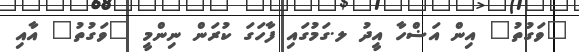
"ވަގުތު" އިން އަޟްހާ އީދު ލ.ގަމުގައި ފާހަގަ ކުރަން ނިންމީ "ވަގުތު" އާއި